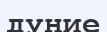
дуние